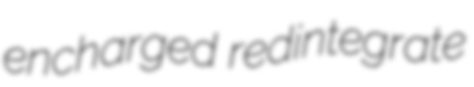
encharged redintegrate